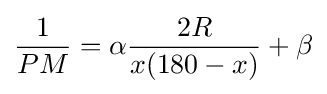
{\frac {1}{PM}}=\alpha {\frac {2R}{x(180-x)}}+\beta